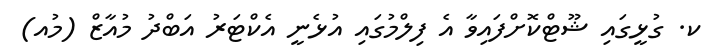
ކ. ގުޅީގައި ޝޫޓްކޮށްފައިވާ އެ ފިލްމުގައި އުޅެނީ އެކްޓަރު އަބްދު މުއާޒް (މުއ)